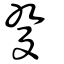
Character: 癹